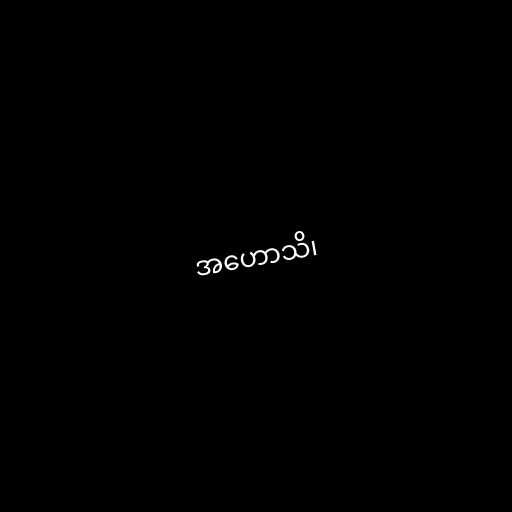
အဟောသိ၊